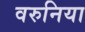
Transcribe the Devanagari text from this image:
वरुनिया